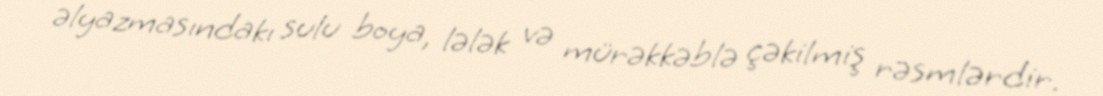
əlyazmasındakı sulu boya, lələk və mürəkkəblə çəkilmiş rəsmlərdir.